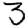
Digit: 3